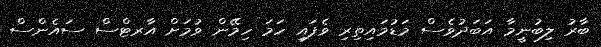
ބާރު ލިބުނީމާ އަބަދުވެސް މަޑުމައިތިރި ވެފައި ހަމަ ހިމޭން ވުމަށް އާރޓްސް ސައެންސް